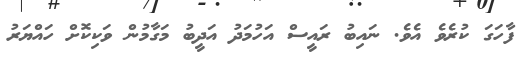
ފާހަަގަ ކުރެވެ އެވެ. ނައިބު ރައީސް އަހުމަދު އަދީބު މަގާމުން ވަކިކޮށް ހައްޔަރު